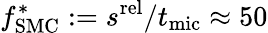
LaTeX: f_{\mathrm{SMC}}^{*}:=s^{\mathrm{rel}}/t_{\mathrm{mic}}\approx 50